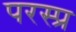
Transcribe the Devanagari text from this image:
परस्प्र